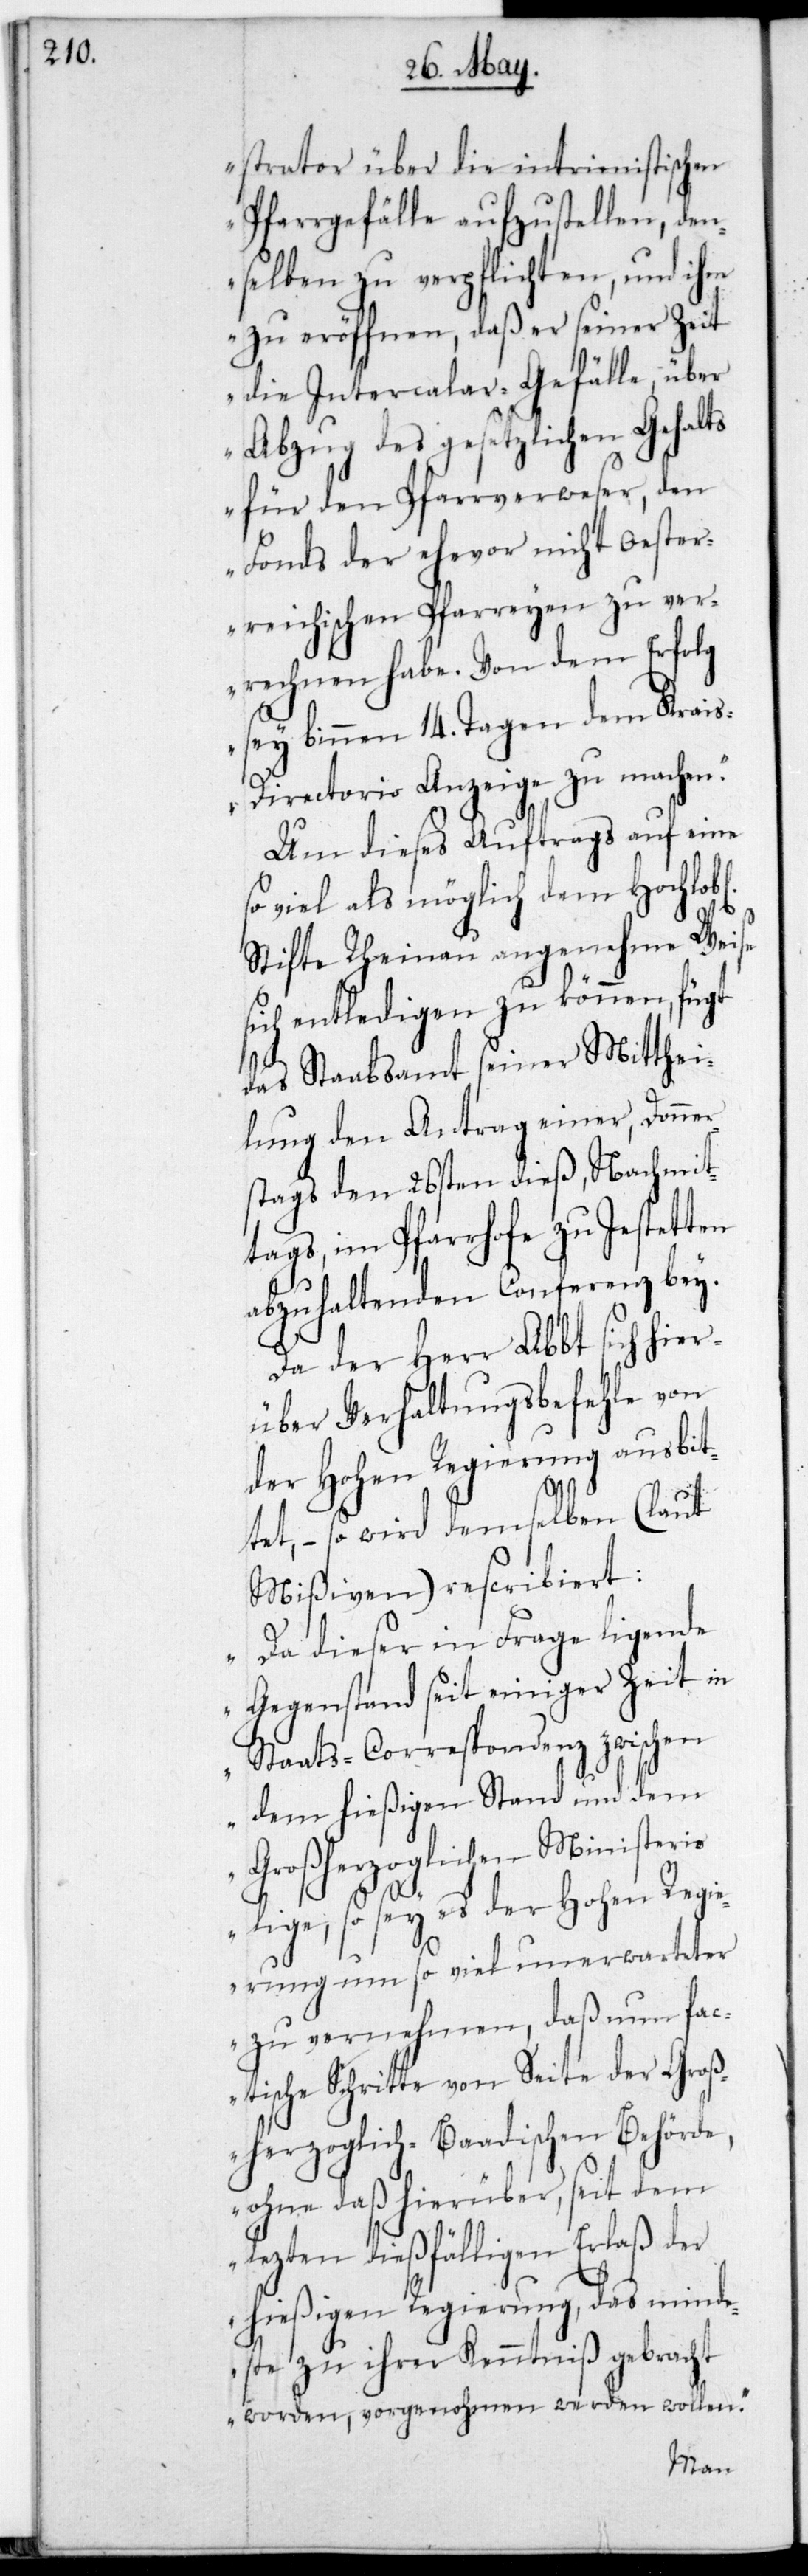
strator über die intrimistischen
Pfarrgefälle aufzustellen, den¬
selben zu verpflichten, und ihm
zu eröffnen, daß er seiner Zeit
die Intercalar-Gefälle über
Abzug des gesetzlichen Gehalts
für den Pfarrverweser, den
Fonds der ehevor nicht Oester¬
reichischen Pfarreien zu ver¬
rechnen habe. Von dem Erfolg
sey binnen 14. Tagen dem Krai¬
s-Directorio Anzeige zu machen.“
Um dieses Auftrags auf eine
so viel als möglich dem Hochlob¬
Stifte Rheinau angenehme Weise
sich entledigen zu können, fügt
das Stabsamt seiner Mitthei¬
lung den Antrag einer, Donner¬
stags den 26sten dieß nachmit¬
tags, im Pfarrhofe zu Jestetten
abzuhaltenden Conferenz bey.
Da der Herr Abt sich hier¬
über Verhaltungsbefehle von
der Hohen Regierung ausbit¬
tet, – so wird demselben (laut
Mißiven) rescribiert:
„Da dieser in Frage ligende
Gegenstand seit einiger Zeit in
Staatscorrespondenz zwischen
dem hießigen Stand und dem
Großherzoglichen Ministerio
iege, so sey es der Hohen Regie¬
l¬
rung um so viel unerwarteter
zu vernehmen, daß nun fac¬
tische Schritte von Seite der Groß¬
herzoglich-Baadischen Behörde,
ohne daß hierüber, seit dem
letzten dießfälligen Erlaß der
hießigen Regierung, das Minde¬
ste zu ihrer Kenntniß gebracht
worden, vorgenohmen werden wollen.